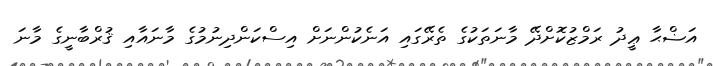
އަޟްޙާ ޢީދު ރަމްޒުކޮށްދޭ މާނަތަކުގެ ތެރޭގައި އަނެކުންނަށް އިސްކަންދިނުމުގެ މާނައާއި ޤުރްބާނީގެ މާނަ